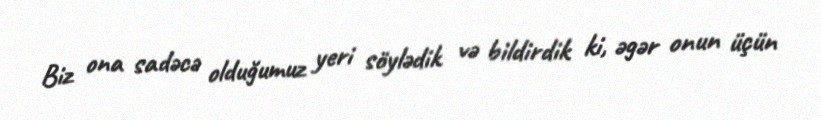
Biz ona sadəcə olduğumuz yeri söylədik və bildirdik ki, əgər onun üçün